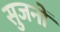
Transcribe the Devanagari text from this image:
सुजनों